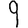
Digit: 9